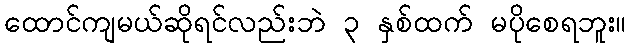
ထောင်ကျမယ်ဆိုရင်လည်းဘဲ ၃ နှစ်ထက် မပိုစေရဘူး။